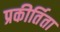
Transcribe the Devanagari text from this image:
प्रकीर्तिता